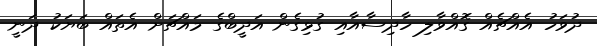
ދުވަހު އެއްޗެއް ގޮއްވާލި ހާދިސާއާއި ގުޅިގެން އަދީބްގެ މައްޗަށް އެތައް ބަޔަކު ދަނީ